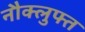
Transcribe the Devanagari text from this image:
नौक्लुफ्त